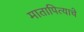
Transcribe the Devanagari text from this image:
मातापित्याचे